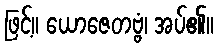
ဖြင့်။ ယောဇေတဗ္ဗံ၊ အပ်၏။